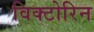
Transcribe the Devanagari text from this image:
विक्टोरिन